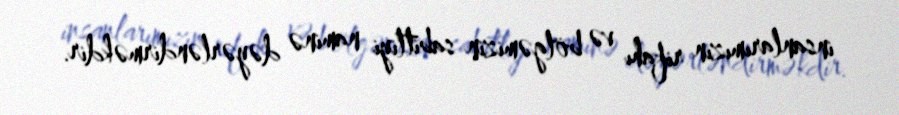
insanlarımızın rifahı və bölgəmizin sabitliyi naminə dəyərləndirməkdir.